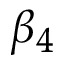
\beta _ { 4 }